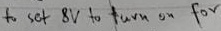
Text: to set 8V to turn on for